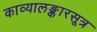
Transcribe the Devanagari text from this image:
काव्यालङ्कारसूत्र